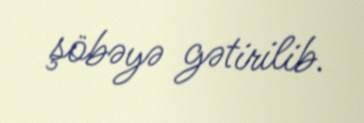
şöbəyə gətirilib.